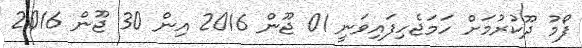
ފޯމު ދޫކުރުމަށް ހަމަޖެހިފައިވަނީ 01 ޖޫން 2016 އިން 30 ޖޫން 2016